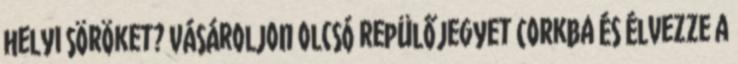
helyi söröket? Vásároljon olcsó repülőjegyet Corkba és élvezze a